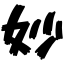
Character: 妙